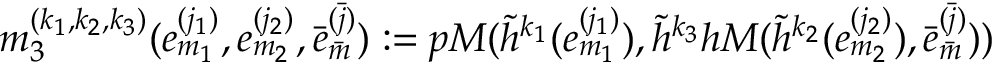
m _ { 3 } ^ { ( k _ { 1 } , k _ { 2 } , k _ { 3 } ) } ( e _ { m _ { 1 } } ^ { ( j _ { 1 } ) } , e _ { m _ { 2 } } ^ { ( j _ { 2 } ) } , \bar { e } _ { \bar { m } } ^ { \bar { ( j ) } } ) : = p M ( \tilde { h } ^ { k _ { 1 } } ( e _ { m _ { 1 } } ^ { ( j _ { 1 } ) } ) , \tilde { h } ^ { k _ { 3 } } h M ( \tilde { h } ^ { k _ { 2 } } ( e _ { m _ { 2 } } ^ { ( j _ { 2 } ) } ) , \bar { e } _ { \bar { m } } ^ { \bar { ( j ) } } ) )